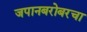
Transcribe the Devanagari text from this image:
जपानबरोबरचा